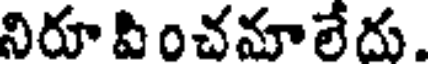
నిరూ పించమాలేదు.